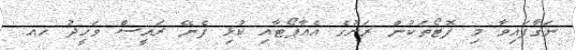
ނަގާފައިވާ މި ފޮޓޯތަކުން ރަށުގެ އެއާޕޯޓާއި ކުޅި ފެނޭ ރައީސް ވަހީދު ހއ.